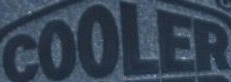
COOLER